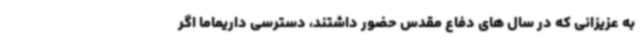
به عزیزانی که در سال های دفاع مقدس حضور داشتند، دسترسی داریماما اگر